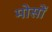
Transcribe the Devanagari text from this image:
मोसों